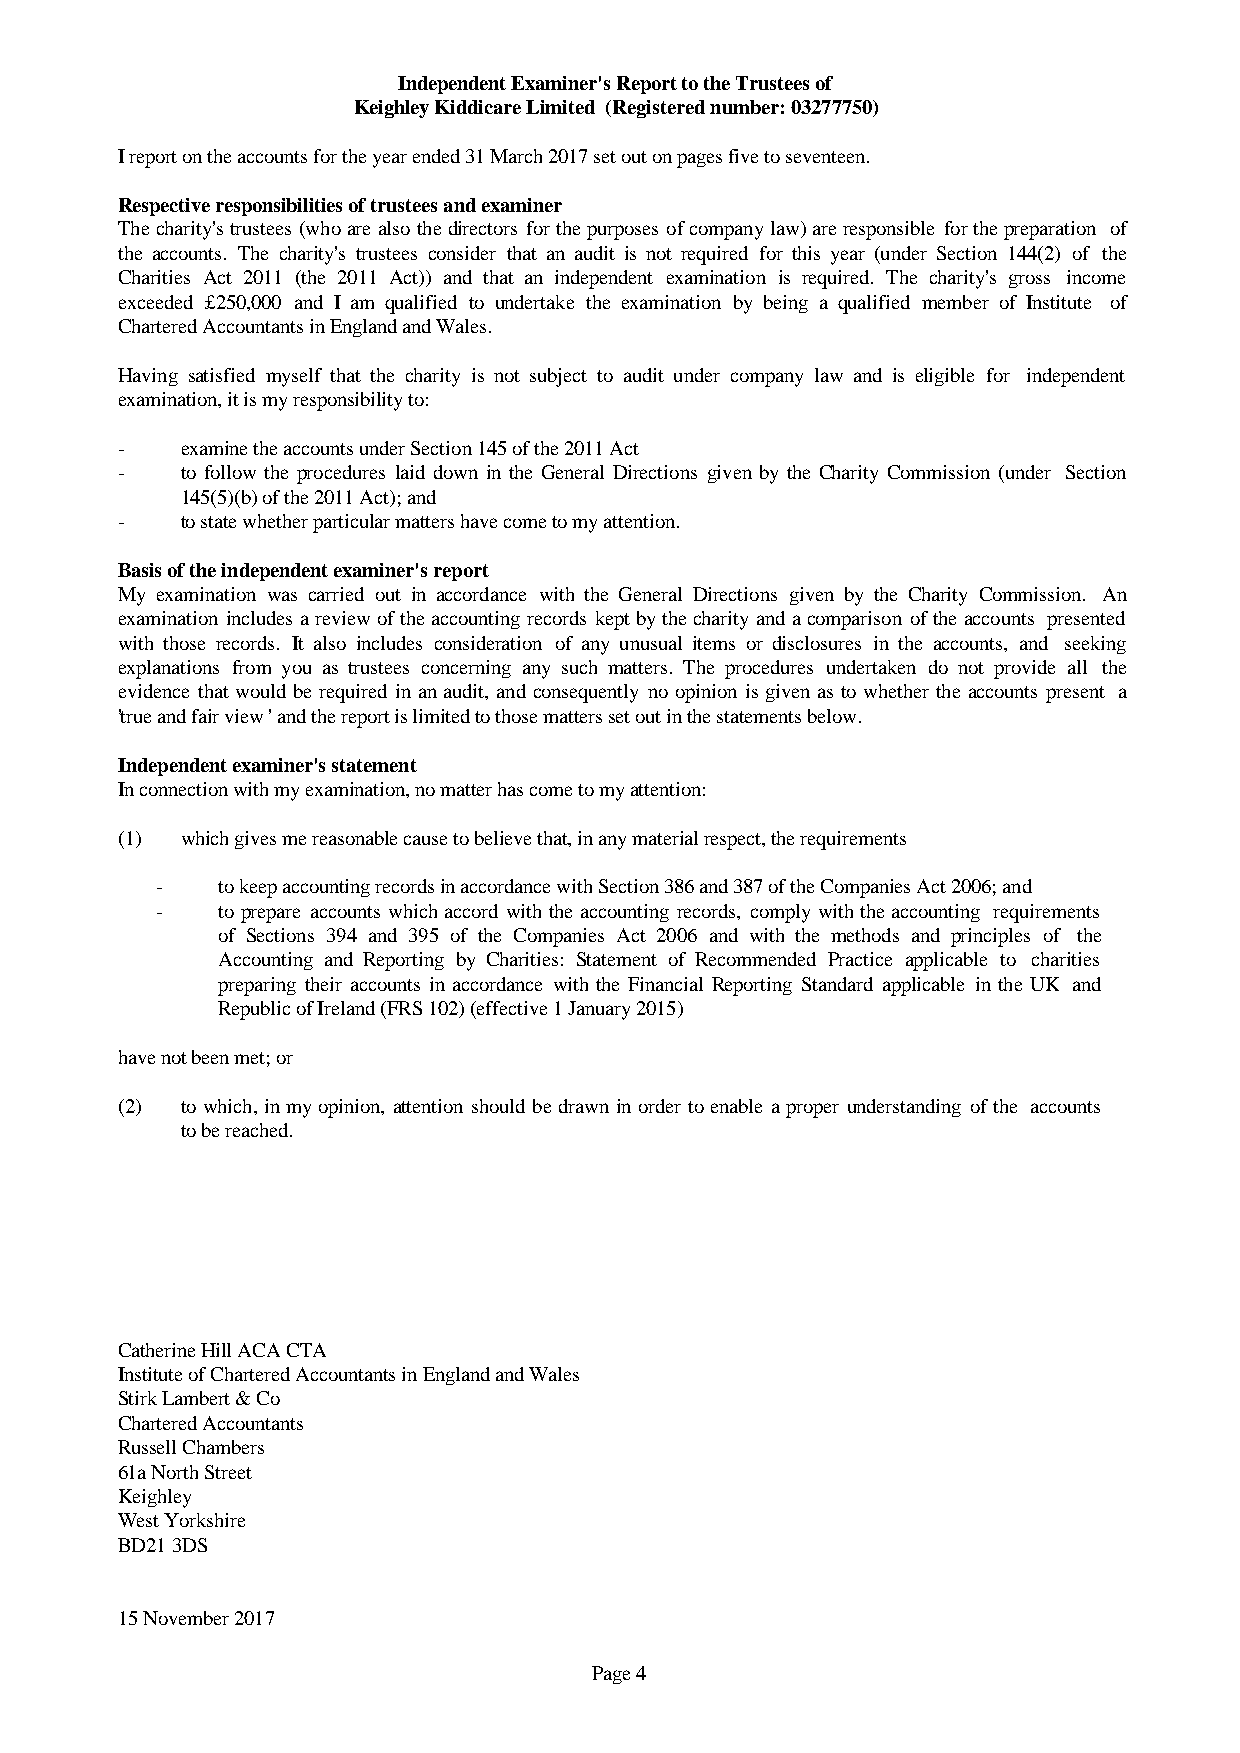
Independent Examiner's Report to the Trustees of
 Keighley Kiddicare Limited (Registered number: 03277750)
 I report on the accounts for the year ended 31 March 2017 set out on pages five to seventeen.
 Respective responsibilities of trustees and examiner
 Thecharity'strustees(whoarealsothedirectorsforthepurposesofcompanylaw)areresponsibleforthepreparation of
 the accounts. The charity's trustees consider that an audit is not required for this year (under Section 144(2) of the
 Charities Act 2011 (the 2011 Act)) and that an independent examination is required. The charity's gross income
 exceeded £250,000 and I am qualified to undertake the examination by being a qualified member of Institute of
 Chartered Accountants in England and Wales.
 Having satisfied myself that the charity is not subject to audit under company law and is eligible for independent
 examination, it is my responsibility to:
 -   examine the accounts under Section 145 of the 2011 Act
 -   to follow the procedures laid down in the General Directions given by the Charity Commission(under Section
 145(5)(b) of the 2011 Act); and
 -   to state whether particular matters have come to my attention.
 Basis of the independent examiner's report
 My examination was carried out in accordance with the General Directions given by the Charity Commission. An
 examinationincludesareviewoftheaccountingrecords keptbythecharityandacomparisonoftheaccounts presented
 with those records. It also includes consideration of any unusual items or disclosures in the accounts, and seeking
 explanations from you as trustees concerning any such matters. The procedures undertaken do not provide all the
 evidence thatwouldbe required inan audit, and consequentlyno opinion is givenas to whethertheaccounts present a
 'true and fair view ' and the report is limited to those matters set out in the statements below.
 Independent examiner's statement
 In connection with my examination, no matter has come to my attention:
 (1) which gives me reasonable cause to believe that, in any material respect, the requirements
 -   to keep accounting records in accordance with Section 386 and 387 of the Companies Act 2006; and
 -   to prepare accountswhichaccord withtheaccountingrecords, complywiththeaccounting requirements
 of Sections 394 and 395 of the Companies Act 2006 and with the methods and principles of the
 Accounting and Reporting by Charities: Statement of Recommended Practice applicable to charities
 preparing their accounts in accordance withthe Financial Reporting Standard applicable in the UK and
 Republic of Ireland (FRS 102) (effective 1 January 2015)
 have not been met; or
 (2) towhich,inmyopinion,attentionshouldbe drawninorder toenableaproper understandingofthe accounts
 to be reached.
 Catherine Hill ACA CTA
 Institute of Chartered Accountants in England and Wales
 Stirk Lambert & Co
 Chartered Accountants
 Russell Chambers
 61a North Street
 Keighley
 West Yorkshire
 BD21 3DS
 15 November 2017
 Page 4